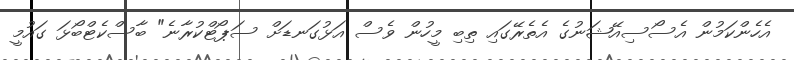
އެހެންކަމުން އެސޯސިއޭޝަނުގެ އެތެރޭގައި ތިބި މީހުން ވެސް އަޅުގަނޑަށް ސަޕޯޓްކުރާނެ" ބާސްކެޓްބޯޅަ ގައުމީ